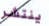
ينتشر